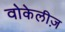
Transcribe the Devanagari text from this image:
वोकेलीज़